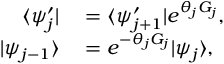
\begin{array} { r l } { \langle \psi _ { j } ^ { \prime } | } & { { } = \langle \psi _ { j + 1 } ^ { \prime } | e ^ { \theta _ { j } G _ { j } } , \ } \\ { | \psi _ { j - 1 } \rangle } & { { } = e ^ { - \theta _ { j } G _ { j } } | \psi _ { j } \rangle , \ } \end{array}